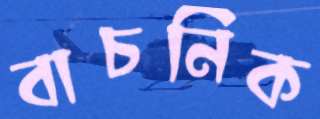
বাচনিক